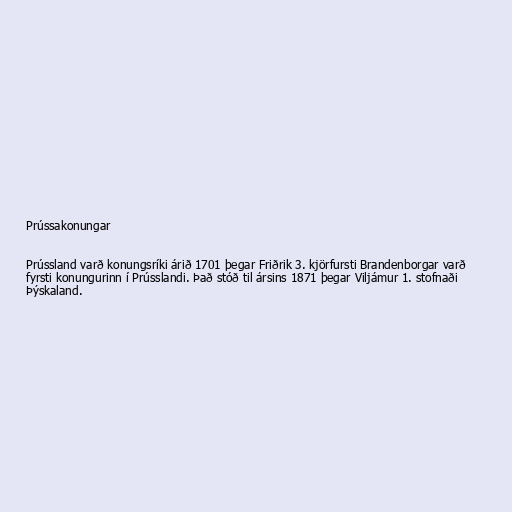
Prússakonungar

Prússland varð konungsríki árið 1701 þegar Friðrik 3. kjörfursti Brandenborgar varð
fyrsti konungurinn í Prússlandi. Það stóð til ársins 1871 þegar Viljámur 1. stofnaði
Þýskaland.